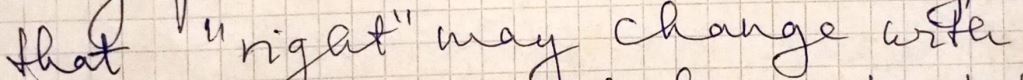
that " right " may change with